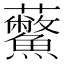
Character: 𧆊